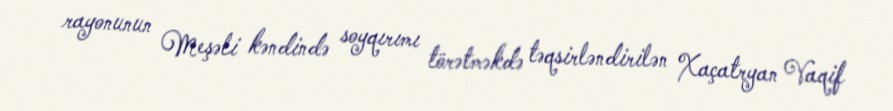
rayonunun Meşəli kəndində soyqırımı törətməkdə təqsirləndirilən Xaçatryan Vaqif